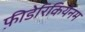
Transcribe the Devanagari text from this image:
फ़ीडेरिकियेनम